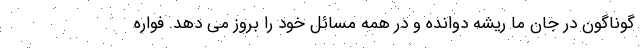
گوناگون در جان ما ریشه دوانده و در همه مسائل خود را بروز می دهد. فواره